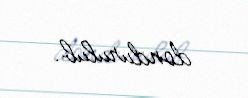
dondurulub.